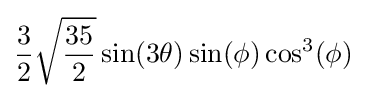
{\frac {3}{2}}{\sqrt {\frac {35}{2}}}\sin(3\theta )\sin(\phi )\cos ^{3}(\phi )